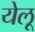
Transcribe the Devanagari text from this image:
येलू